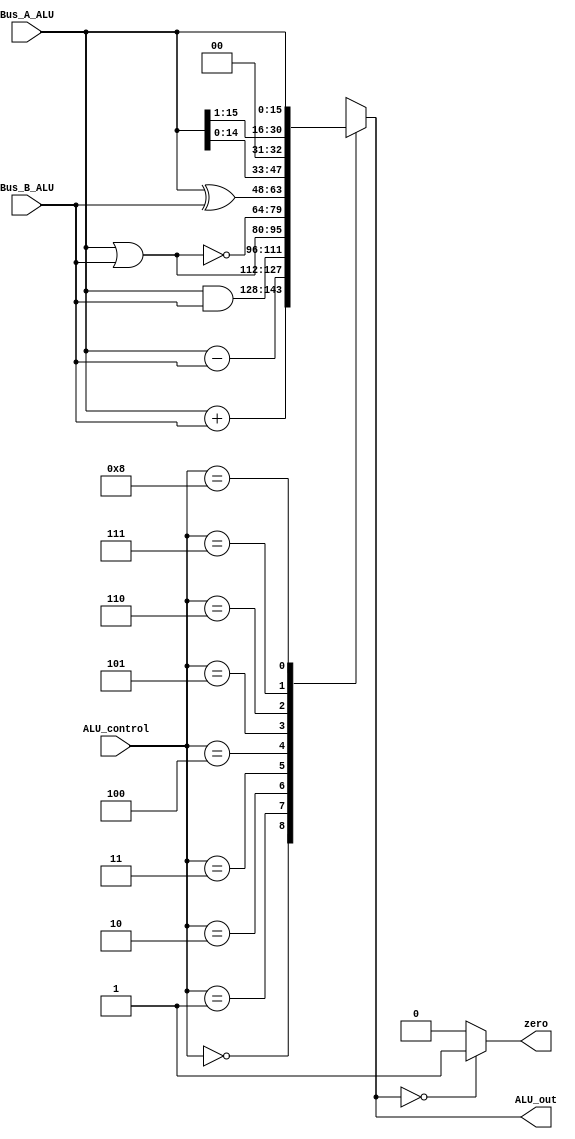
module ALU (
output reg   [15:0]   ALU_out,
output wire           zero,
input  wire	 [15:0]   Bus_A_ALU, Bus_B_ALU,
input  wire  [3:0]    ALU_control

);

parameter ADD=4'b0000  , SUB=4'b0001 , AND=4'b0010 , OR=4'b0011 , NOR=4'b0100,
			 XOR=4'b0101 , SLL=4'b0110, SRL=4'b0111,  ADDI=4'b0000 , ANDI=4'b0010, 
             ORI=4'b0011,  pass_aluA=4'b1000;


always@(*)
begin
case(ALU_control)
	ADD:
		ALU_out=Bus_A_ALU+Bus_B_ALU;
	SUB:
		ALU_out=Bus_A_ALU-Bus_B_ALU;
	AND:
		ALU_out=Bus_A_ALU&Bus_B_ALU;
	OR:
		ALU_out=Bus_A_ALU|Bus_B_ALU;
	NOR:
		ALU_out=~(Bus_A_ALU|Bus_B_ALU);
	XOR:
		ALU_out=Bus_A_ALU^Bus_B_ALU;
	SLL:
		ALU_out=Bus_A_ALU<<1;// ={IN1[14:0],0};
	SRL:
		ALU_out=Bus_A_ALU>>1; //{0,IN1[15:1]};
	pass_aluA:
	     ALU_out=Bus_A_ALU;
	default:
		ALU_out=16'hxxxx;
endcase 
end
assign zero= (ALU_out==16'h0000)? 1'b1: 1'b0; //zero flag



endmodule